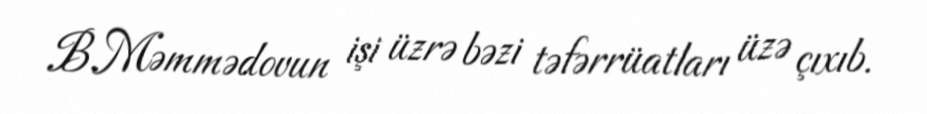
B.Məmmədovun işi üzrə bəzi təfərrüatları üzə çıxıb.